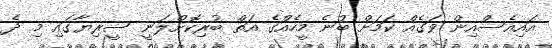
އައިއެސްއިން ވަގެއް ކަމަށް ބުނެ މީހެއްގެ އަތް ބުރިކޮށްލަނީ ސީރިޔާގައި މި ދެ